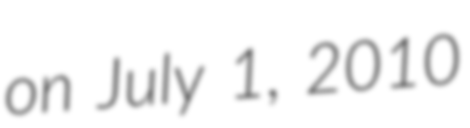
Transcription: on July 1, 2010